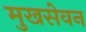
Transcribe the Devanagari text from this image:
मुखसेवन